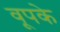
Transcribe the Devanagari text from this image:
वूपके